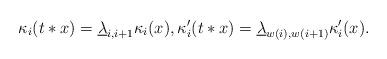
LaTeX: \begin{align*} \kappa_i(t*x) = \underline{\lambda}_{i,i+1} \kappa_i(x), \kappa_i'(t*x) = \underline{\lambda}_{w(i),w(i+1)} \kappa_i'(x).\end{align*}